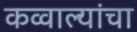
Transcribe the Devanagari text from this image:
कव्वाल्यांचा